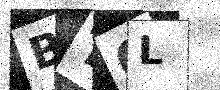
Text: BT0L